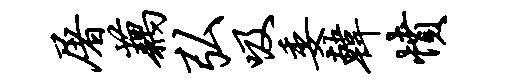
屠藕弘吸委韩愤